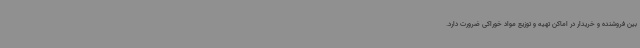
بین فروشنده و خریدار در اماکن تهیه و توزیع مواد خوراکی ضرورت دارد.